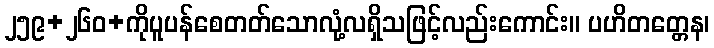
၂၅၉+၂၆၀+ကိုပူပန်စေတတ်သောလုံ့လရှိသဖြင့်လည်းကောင်း။ ပဟိတတ္တေန၊